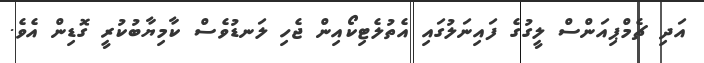
އަދި ޗެމްޕިއަންސް ލީގުގެ ފައިނަލުގައި އެތުލެޓިކޯއިން ޖެހި ލަނޑުވެސް ކާމިޔާބުކުރީ ގޮޑިން އެވެ.